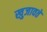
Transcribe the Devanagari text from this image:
खुजावते